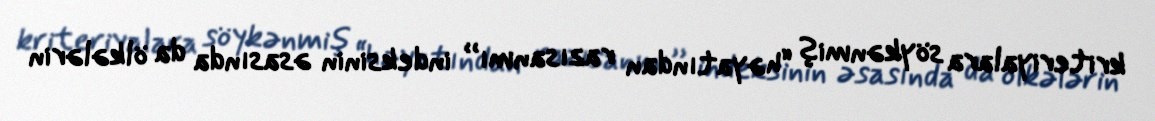
kriteriyalara söykənmiş “həyatından razısanmı’’ indeksinin əsasında da ölkələrin